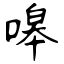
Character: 嗥